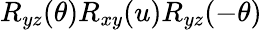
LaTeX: R_{yz}(\theta)R_{xy}(u)R_{yz}(-\theta)